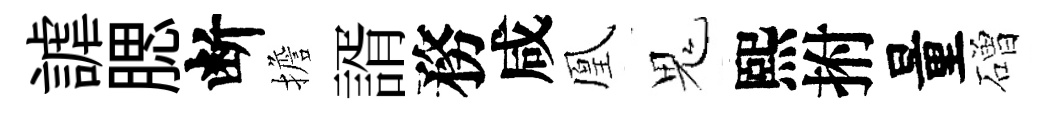
謔腮断擔諝務咸凰鬼熙拊量磳